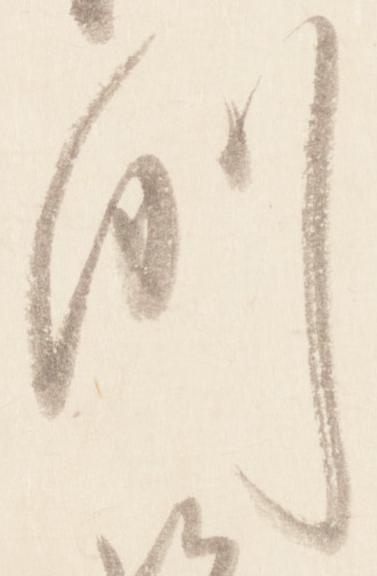
例